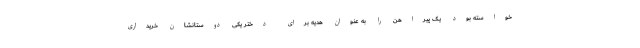
خواسته بود یک پیراهن را به عنوان هدیه برای دختر یکی دوستانشان خریداری